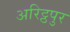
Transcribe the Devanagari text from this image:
अरिट्ठपुर